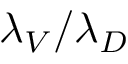
\lambda _ { V } / \lambda _ { D }